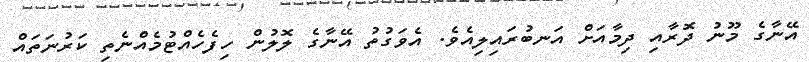
އޭނާގެ މޫނު ދޮރާއި ދިމާއަށް އަނބުރައިލިއެވެ. އެވަގުތު އޭނާގެ ލޮލުން ހިފެހެއްޓުމެއްނެތި ކަރުނަތައް